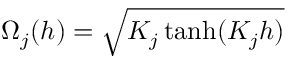
\Omega _ { j } ( h ) = \sqrt { K _ { j } \operatorname { t a n h } ( K _ { j } h ) }